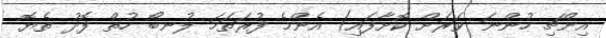
އިންޗި ހުންނަ ވަރަށް ކޮށާފައި) އެންމެ ފުރަތަމަ ލުނބޯ ހުތް ފޮދު ތެޔޮ